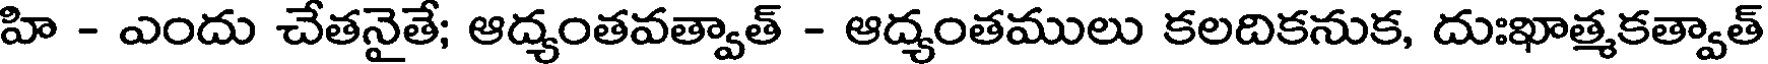
హి - ఎందు చేతనైతే; ఆద్యంతవత్వాత్ - ఆద్యంతములు కలదికనుక, దుఃఖాత్మకత్వాత్